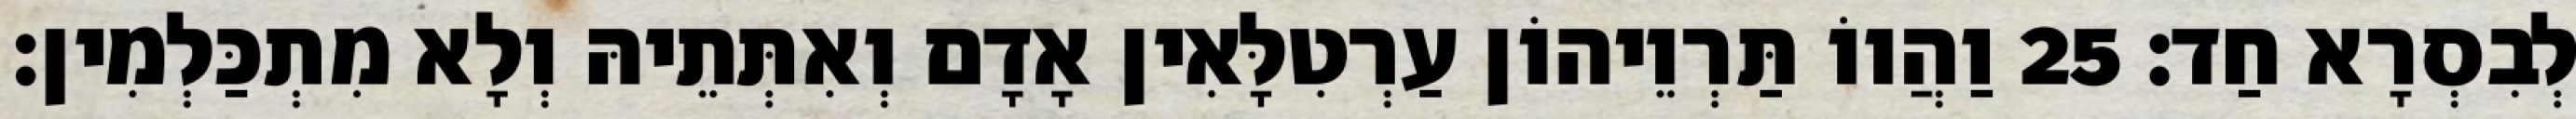
לְבִסְרָא חַד׃ 25 וַהֲווֹ תַּרְוֵיהוֹן עַרְטִלָּאִין אָדָם וְאִתְּתֵיהּ וְלָא מִתְכַּלְמִין׃